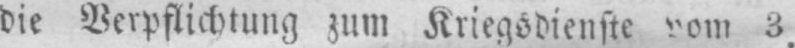
die Verpflichtung zum Kriegsdienste vom 3.